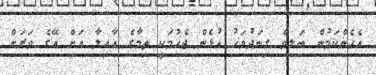
އެހެންކަމުން ބަލިވެ ގިނަދުވަހު އުޅެން ޖެހުމަކީ ތިމާގެ އާއިލާ އަށް އޭގެ ވަރަށް